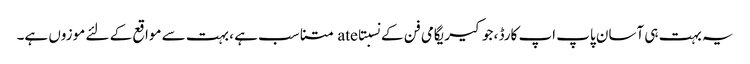
یہ بہت ہی آسان پاپ اپ کارڈ ، جو کیریگامی فن کے نسبتاate متناسب ہے ، بہت سے مواقع کے لئے موزوں ہے۔